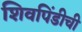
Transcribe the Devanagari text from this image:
शिवपिंडीची